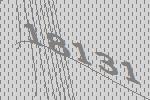
18131